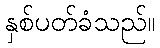
နှစ်ပတ်ခံသည်။